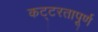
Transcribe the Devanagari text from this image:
कट्टरतापूर्ण